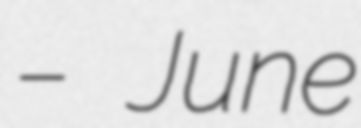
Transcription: – June